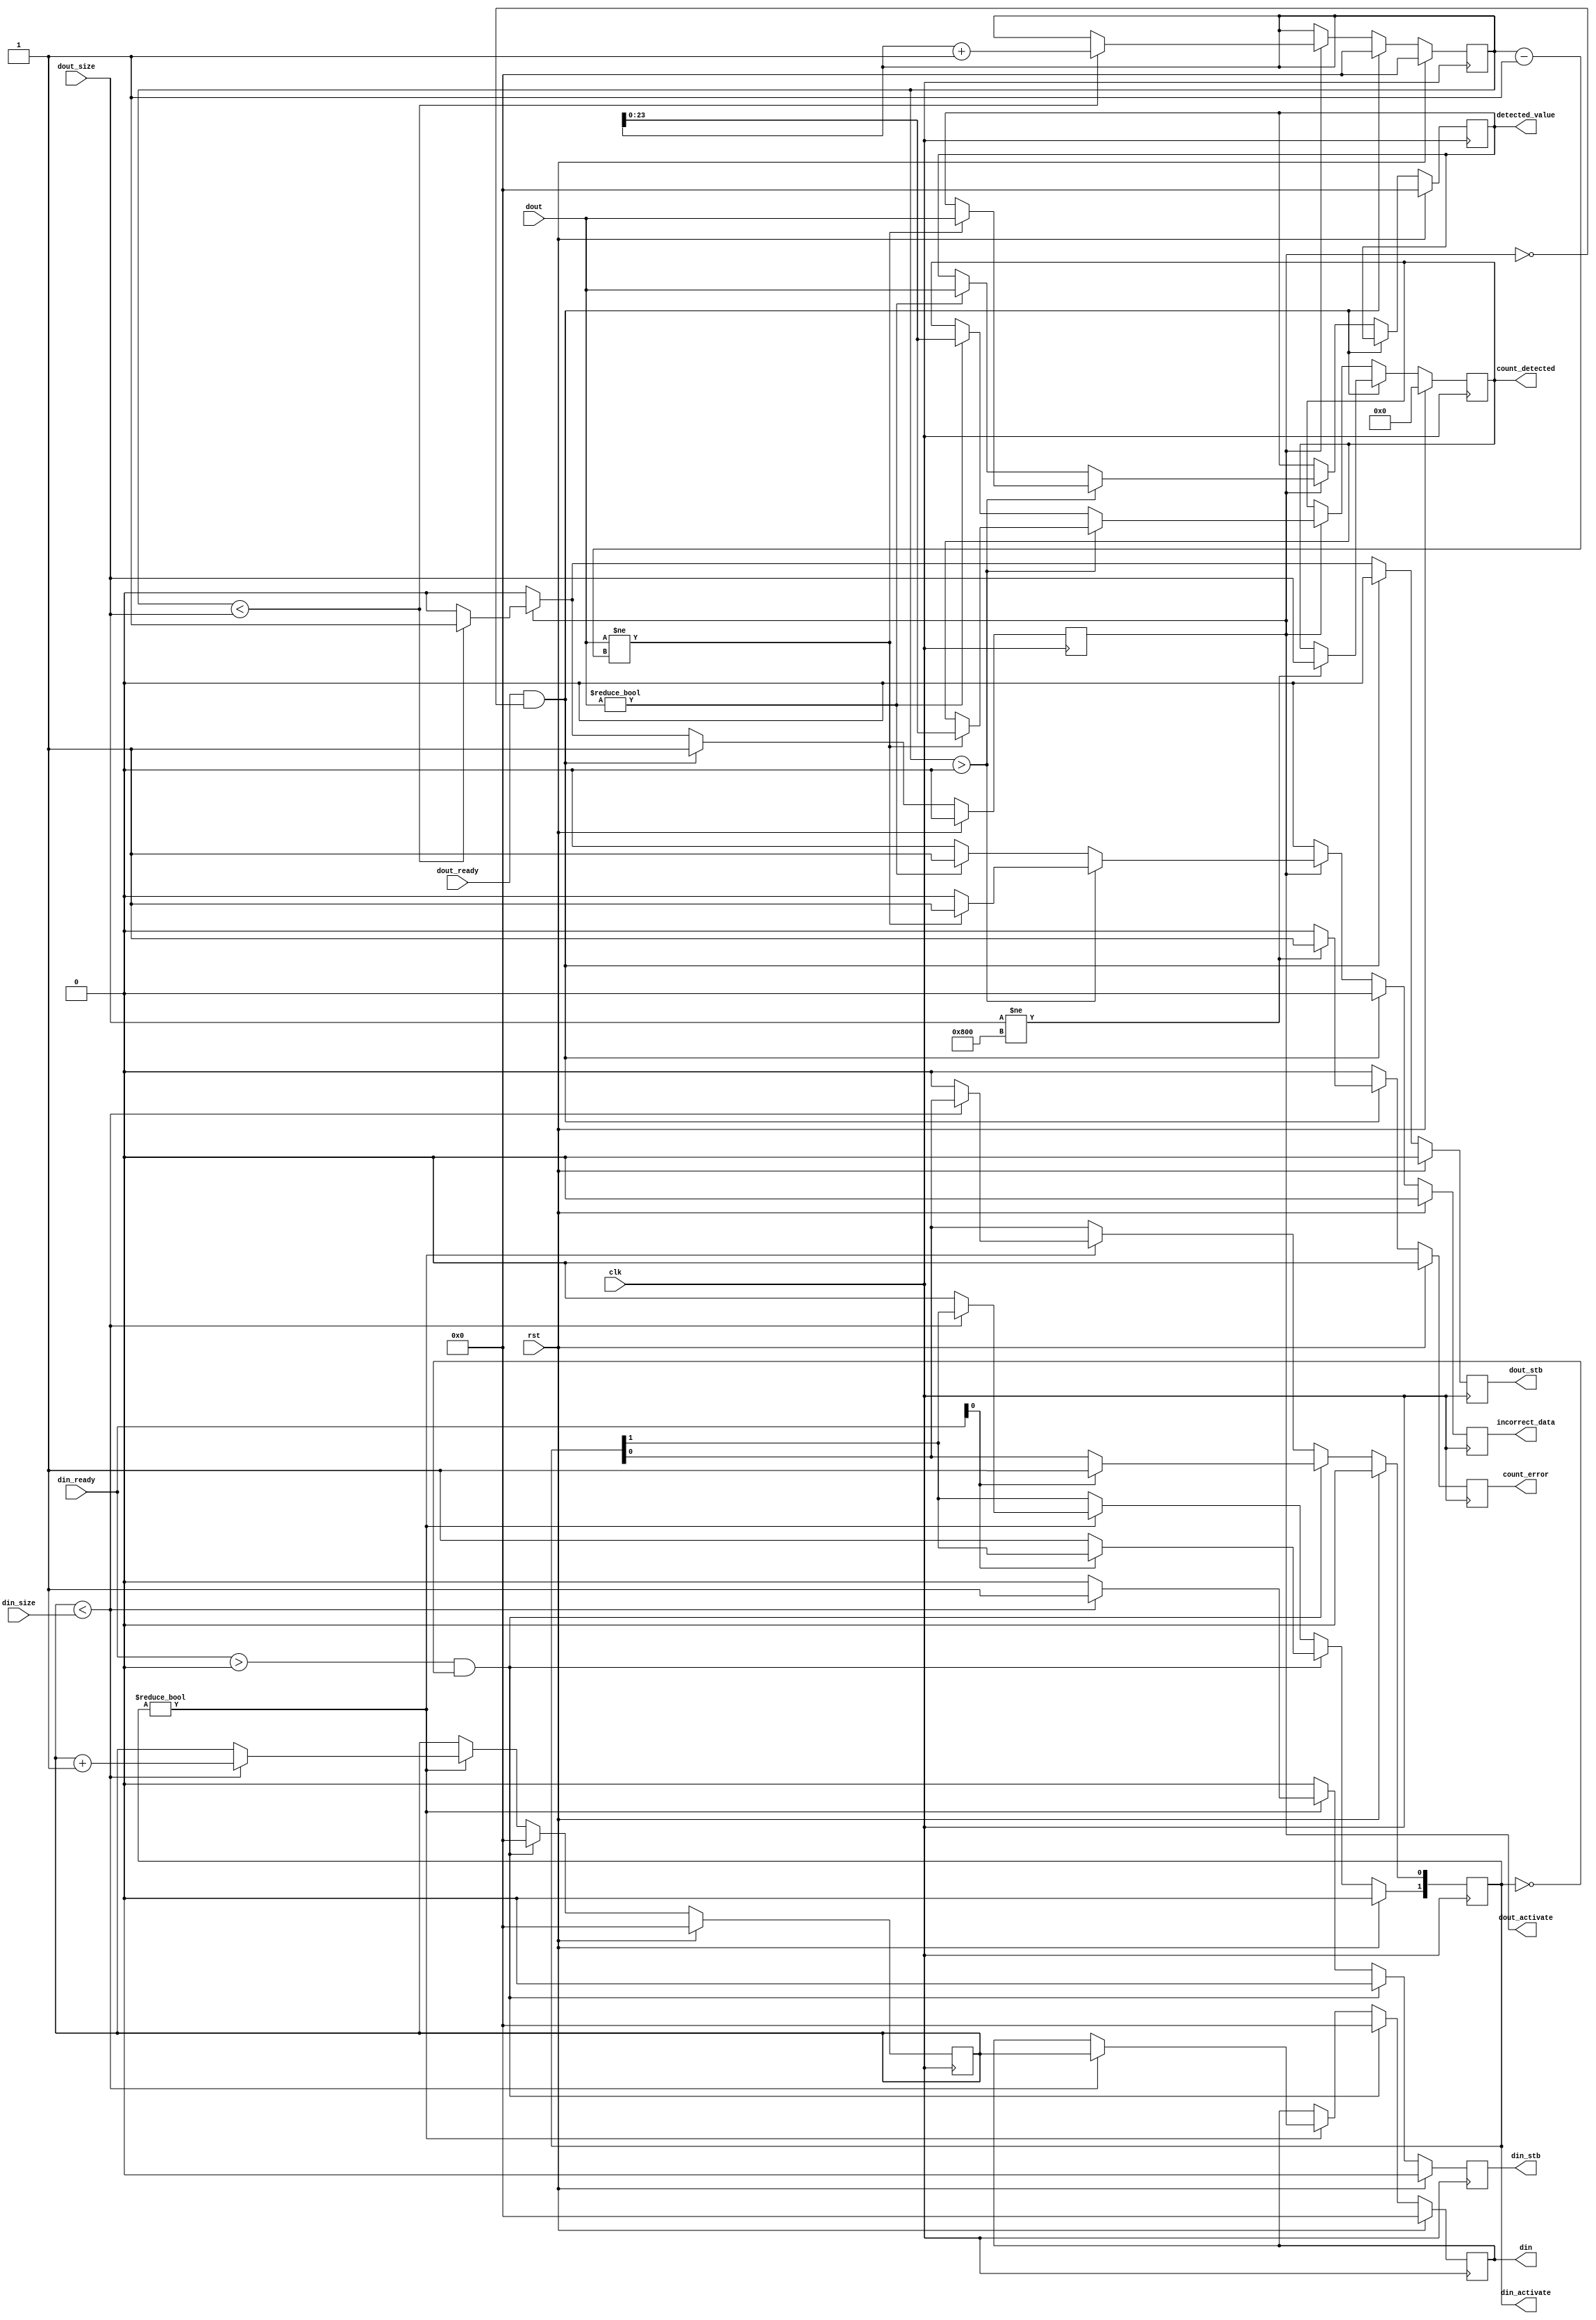
module data_test2 (
  input                 rst,            //reset
  input                 clk,

  output  reg           din_stb,
  input         [1:0]   din_ready,
  output  reg   [1:0]   din_activate,
  output  reg   [31:0]  din,
  input         [23:0]  din_size,

  input                 dout_ready,
  output  reg           dout_activate,
  input         [31:0]  dout,
  output  reg           dout_stb,
  input         [23:0]  dout_size,

  output  reg           count_error,
  output  reg           incorrect_data,
  output  reg   [23:0]  count_detected,
  output  reg   [31:0]  detected_value

);

//Parameters
//Registers/Wires
reg             [31:0]  write_count;
reg             [31:0]  read_count;
//Submodules
//Asynchronous Logic
//Synchronous Logic

always @ (posedge clk) begin
  if (rst) begin
    din_stb             <=  0;
    din_activate        <=  0;
    din                 <=  0;
    write_count         <=  0;

    dout_activate       <=  0;
    dout_stb            <=  0;
    read_count          <=  0;

    count_error         <=  0;
    incorrect_data      <=  0;
    detected_value      <=  0;
    count_detected      <=  0;
  end
  else begin
    din_stb             <=  0;
    dout_stb            <=  0;
    count_error         <=  0;
    incorrect_data      <=  0;

    if ((din_ready > 0) && (din_activate == 0)) begin
      write_count       <=  0;
      din               <=  0;
      if (din_ready[0]) begin
        din_activate[0] <=  1;
      end
      else begin
        din_activate[1] <=  1;
      end
    end
    else if (din_activate != 0) begin
      if (write_count < din_size) begin
        din_stb         <=  1;
        din             <=  write_count;
        write_count     <=  write_count + 1;
      end
      else begin
        din_activate    <=  0;
      end
    end

    if (dout_ready && !dout_activate) begin
      read_count        <=  0;
      dout_activate     <=  1;
      if (dout_size != 24'h0800) begin
        count_error     <=  1;
        count_detected  <=  dout_size;
      end
    end
    else if (dout_activate) begin
      if (read_count < dout_size) begin
        dout_stb        <=  1;
        read_count      <=  read_count + 1;
      end
      else begin
        dout_activate   <=  0;
      end

      //Error Detection
      if (read_count > 0) begin
        if (dout !=  read_count - 1) begin
          incorrect_data  <=  1;
          count_detected  <=  read_count[23:0];
          detected_value  <=  dout;
        end
      end
      else begin
        if (dout != 0) begin
          incorrect_data  <=  1;
          count_detected  <=  read_count[23:0];
          detected_value  <=  dout;
        end
      end
    end
  end
end

endmodule